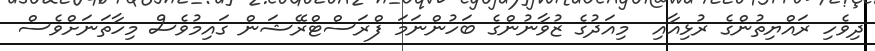
ދިވެހި ރައްޔިތުންގެ ރުޅިއާއި  މިއަދުގެ ޒުވާނުންގެ ބަހުންނަމަ ފްރަސްޓްރޭޝަން ގައިމުވެސް މިހާތަނަށްވެސް